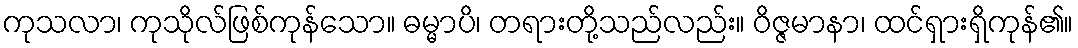
ကုသလာ၊ ကုသိုလ်ဖြစ်ကုန်သော။ ဓမ္မာပိ၊ တရားတို့သည်လည်း။ ဝိဇ္ဇမာနာ၊ ထင်ရှားရှိကုန်၏။